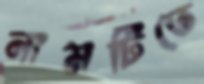
নামটিতে